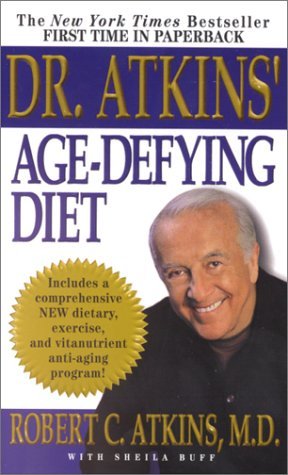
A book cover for Dr. Atkins' Age-Defying Diet: A Powerful New Dietary Defense Against Aging (Mass Market Paperback); Robert C. Atkins (Author)Sheila Buff (Author); Health, Fitness & Dieting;